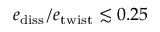
e _ { \mathrm { d i s s } } / e _ { \mathrm { t w i s t } } \lesssim 0 . 2 5